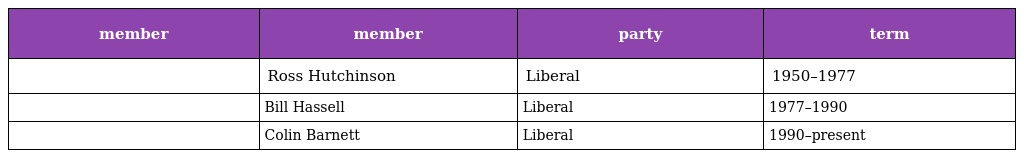
| member | member | party | term |
 | --- | --- | --- | --- |
 |  | Ross Hutchinson | Liberal | 1950–1977 |
 |  | Bill Hassell | Liberal | 1977–1990 |
 |  | Colin Barnett | Liberal | 1990–present |